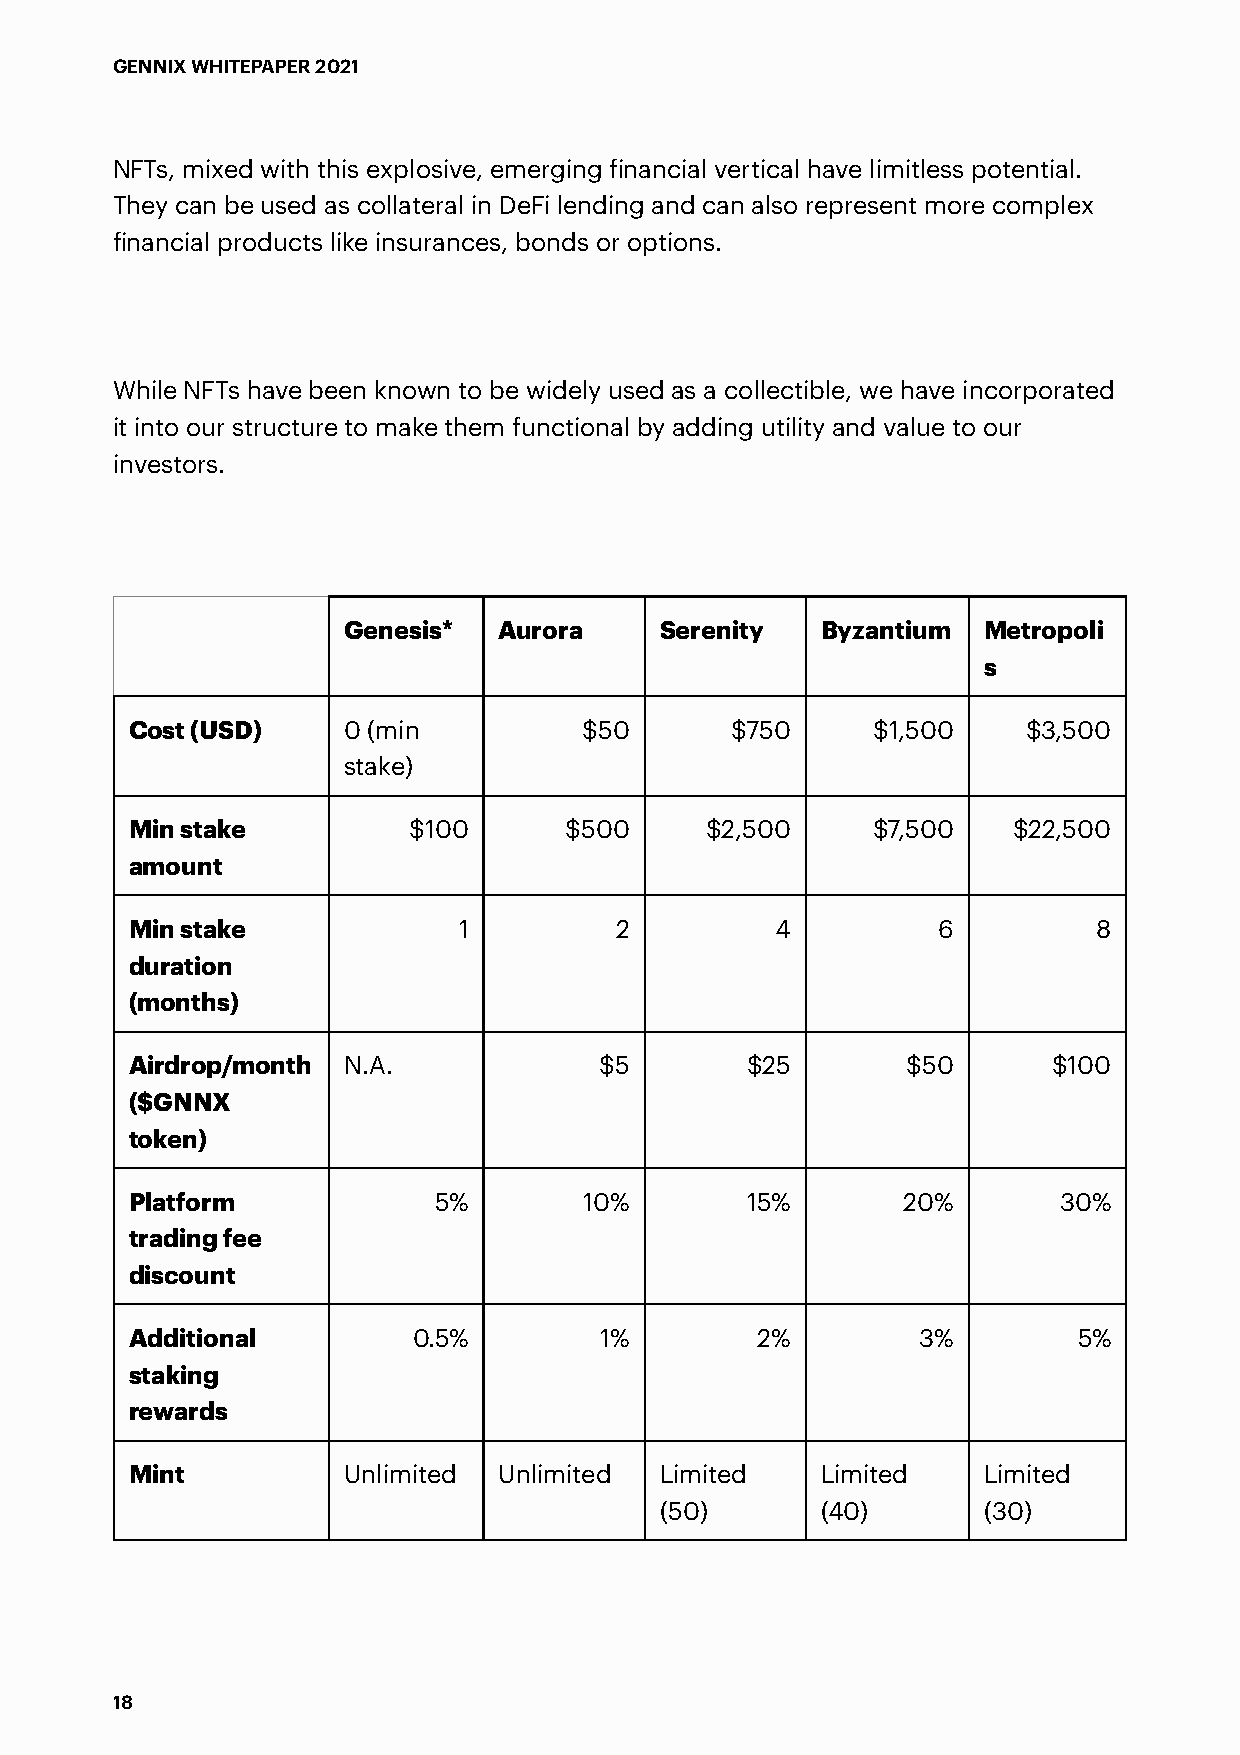
GENNIX WHITEPAPER 2021
 NFTs, mixed with this explosive, emerging financial vertical have limitless potential.
 They can be used as collateral in DeFi lending and can also represent more complex
 financial products like insurances, bonds or options.
 While NFTs have been known to be widely used as a collectible, we have incorporated
 it into our structure to make them functional by adding utility and value to our
 investors.
 Genesis*  Aurora     Serenity  Byzantium  Metropoli
 s
 Cost (USD)    0 (min          $50      $750      $1,500    $3,500
 stake)
 Min stake         $100      $500      $2,500     $7,500   $22,500
 amount
 Min stake            1          2         4          6          8
 duration
 (months)
 Airdrop/month N.A.             $5       $25        $50       $100
 ($GNNX
 token)
 Platform            5%        10%       15%        20%       30%
 trading fee
 discount
 Additional        0.5%         1%        2%         3%        5%
 staking
 rewards
 Mint          Unlimited Unlimited  Limited   Limited    Limited
 (50)      (40)       (30)
 18